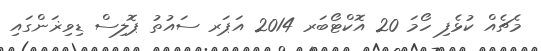
މެޗެއް ކުޅެފި ހޯމަ 20 އޮކްޓޯބަރ 2014 އަޕަރ ސައުތު ޕޮލިސް ޑިވިޜަންގައި